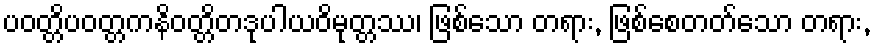
ပဝတ္တိပဝတ္တကနိဝတ္တိတဒုပါယဝိမုတ္တဿ၊ ဖြစ်သော တရား, ဖြစ်စေတတ်သော တရား,